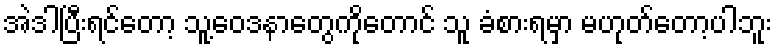
အဲဒါပြီးရင်တော့ သူ့ဝေဒနာတွေကိုတောင် သူ ခံစားရမှာ မဟုတ်တော့ပါဘူး